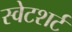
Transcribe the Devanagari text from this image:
स्वेटशर्ट